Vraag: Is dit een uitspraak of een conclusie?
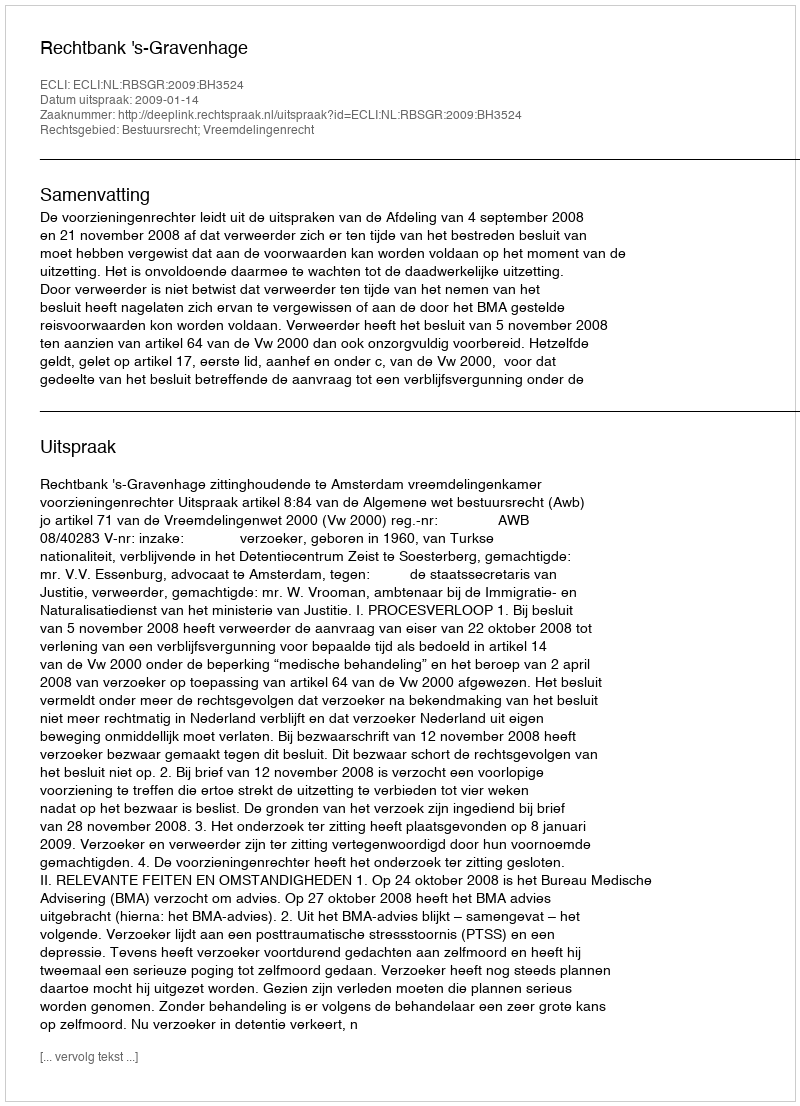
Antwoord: Uitspraak